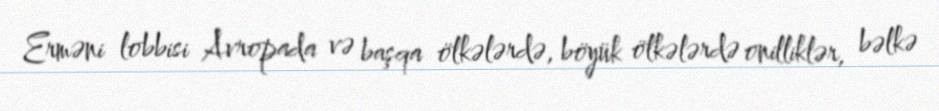
Erməni lobbisi Avropada və başqa ölkələrdə, böyük ölkələrdə onilliklər, bəlkə